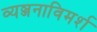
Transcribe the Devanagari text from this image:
व्यञ्जनाविमर्श